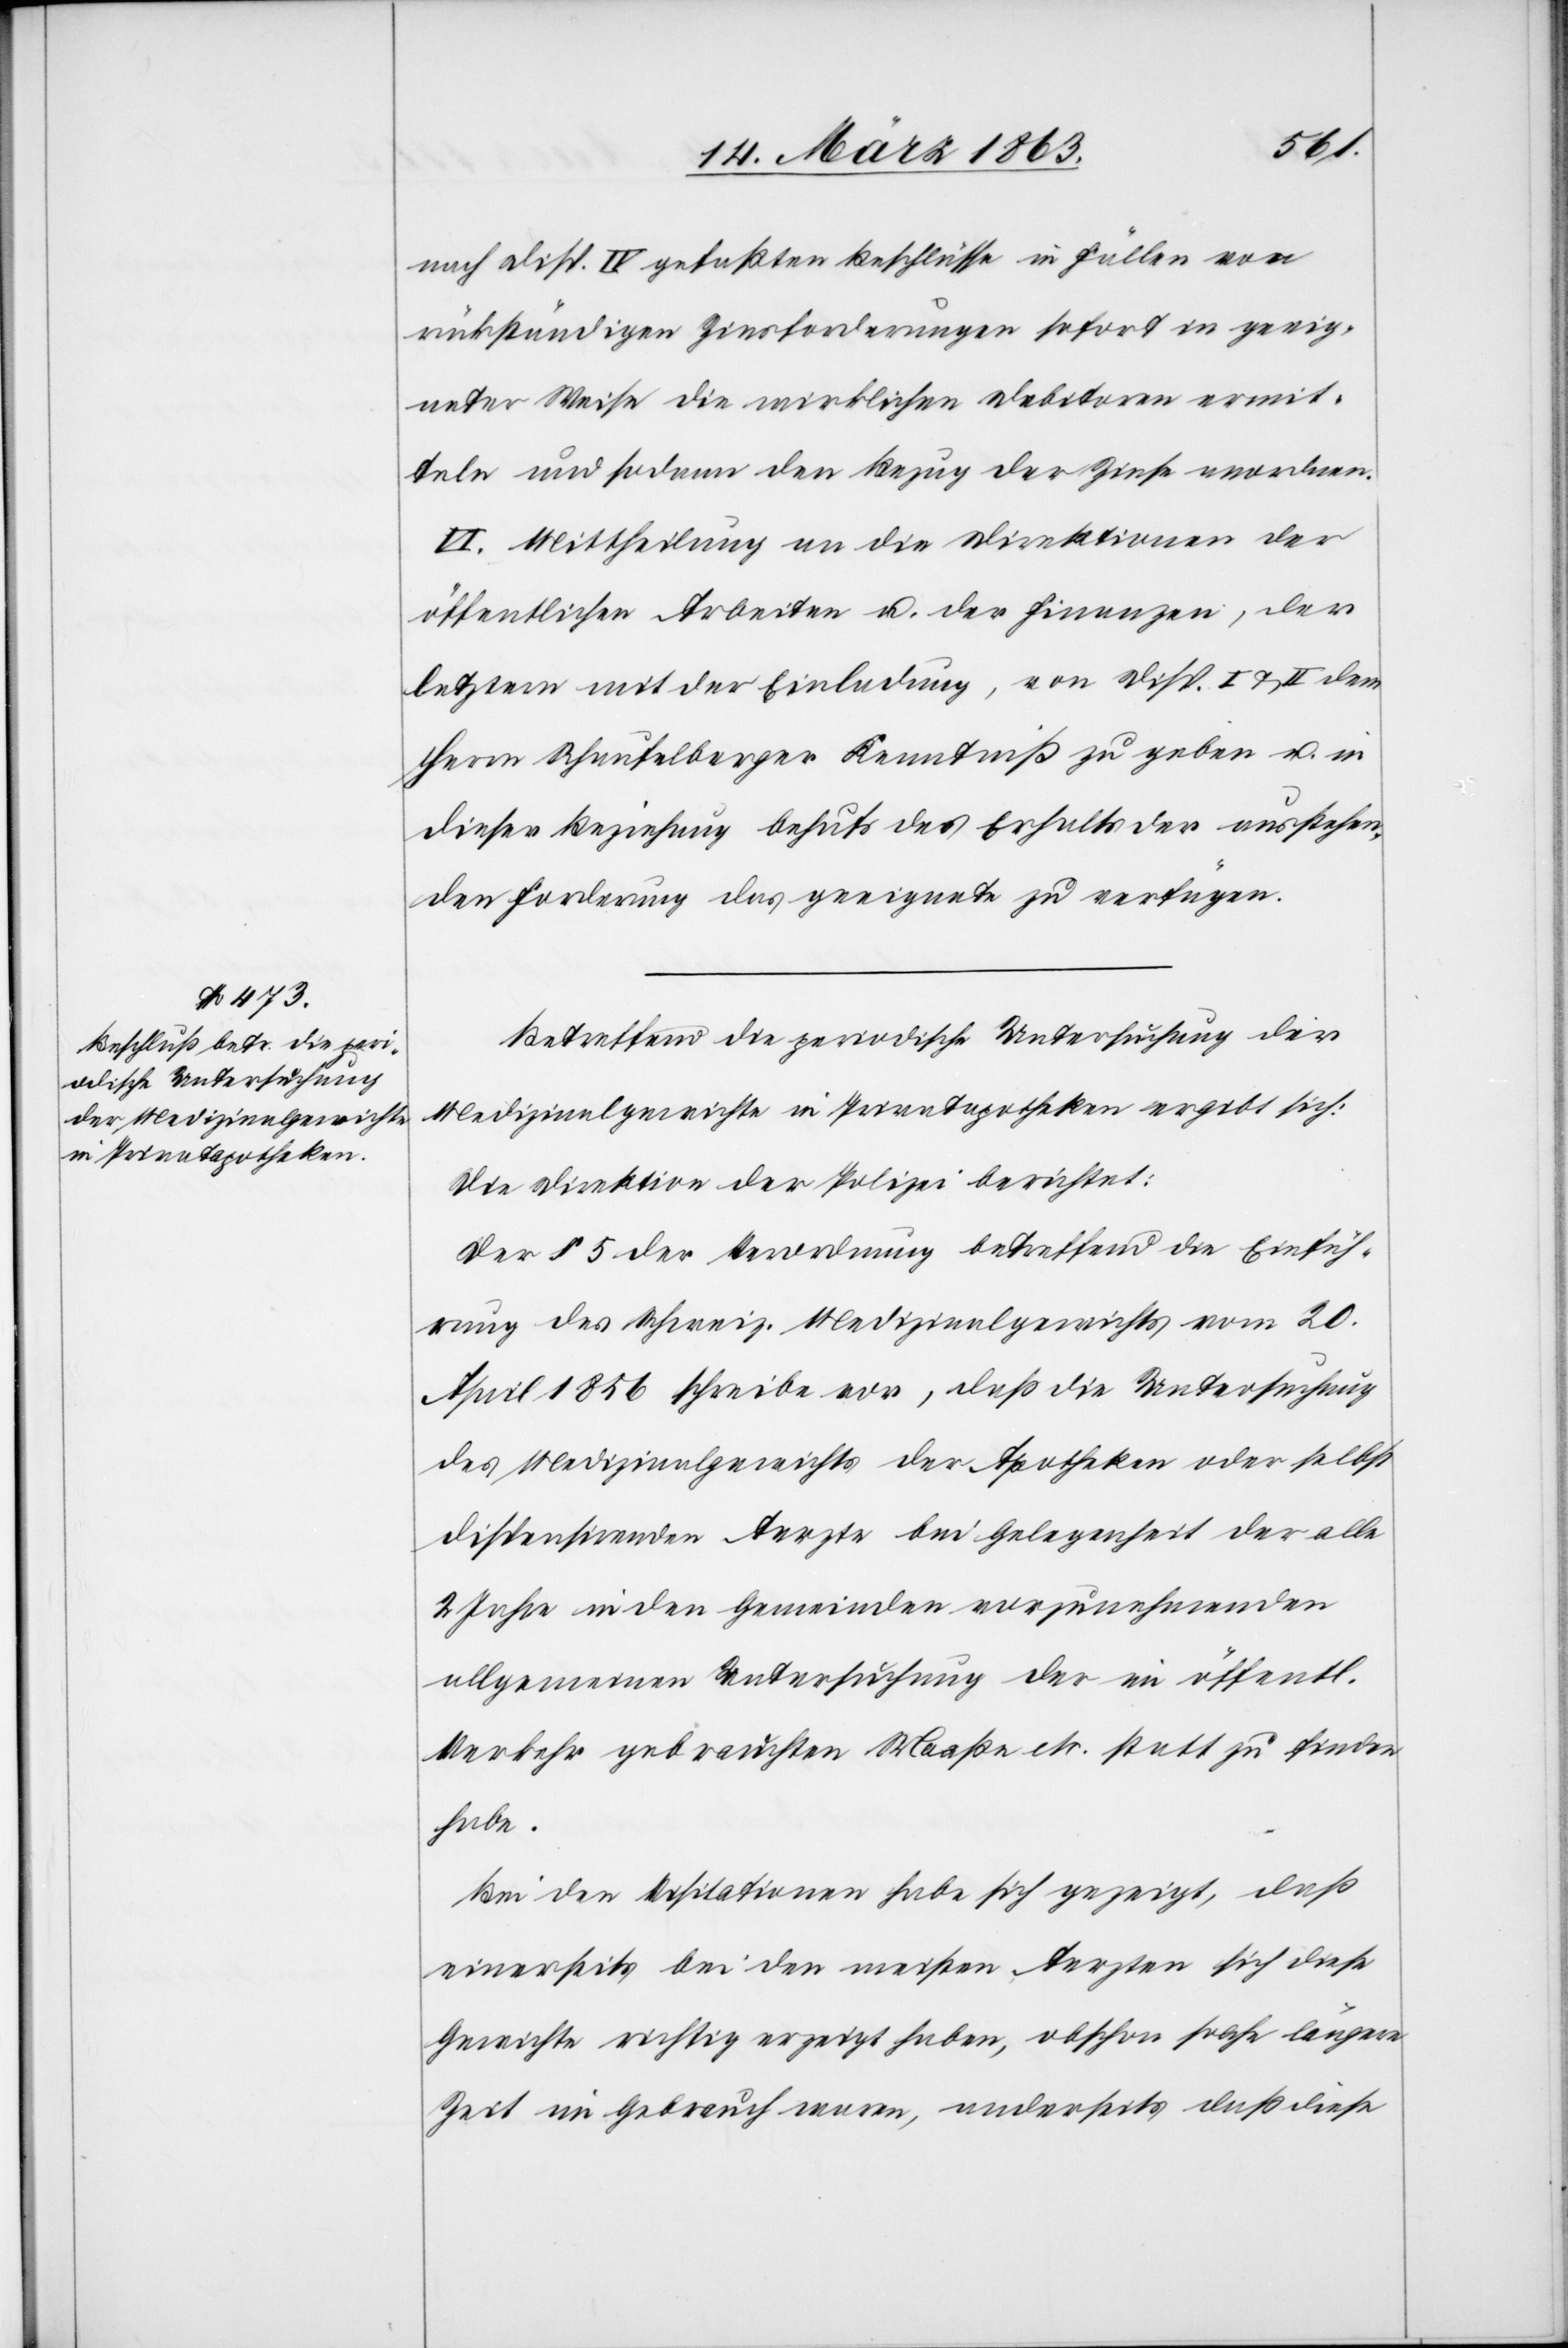
nach Disp. IV gefaßten Beschlüsse in Fällen von
rückständigen Zinsforderungen sofort in geeig¬
neter Weise die wirklichen Debitoren ermit¬
teln und sodann den Bezug der Zinse anordnen.
VI. Mittheilung an die Direktionen der
öffentlichen Arbeiten u. der Finanzen, der
letztern mit der Einladung, von Disp. I & II dem
Herrn Schaufelberger Kenntniß zu geben u. in
dieser Beziehung behufs des Erhalts der ausstehen¬
den Forderung das geeignete zu verfügen.
Betreffend die periodische Untersuchung der
Medizinalgewichte in Privatapotheken ergibt sich:
Die Direktion der Polizei berichtet:
Der § 5 der Verordnung betreffend die Einfüh¬
rung des Schweiz. Medizinalgewichts vom 20.
April 1856 schreibe vor, daß die Untersuchung
des Medizinalgewichts der Apotheken oder selbst
dispensirenden Aerzte bei Gelegenheit der alle
2 Jahre in den Gemeinden vorzunehmenden
allgemeinen Untersuchung der im öffentl.
Verkehr gebrauchten Maaße etc. statt zu finden
habe.
Bei den Visitationen habe sich gezeigt, daß
einerseits bei den meisten Aerzten sich diese
Gewichte richtig erzeigt haben, obschon solche längere
Zeit im Gebrauch waren, anderseits daß diese